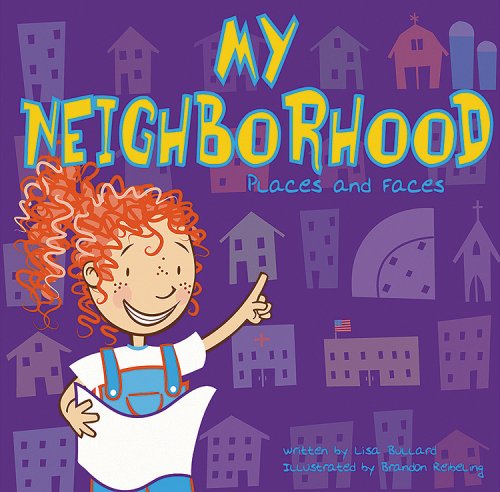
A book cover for My Neighborhood: Places and Faces (All about Me); Lisa Bullard; Children's Books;